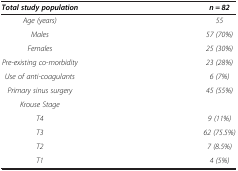
<table><thead><tr><td><b><i>Total study population</i></b></td><td><b><i>n = 82</i></b></td></tr></thead><tbody><tr><td><i>Age (years)</i></td><td><i>55</i></td></tr><tr><td><i>Males</i></td><td><i>57 (70%)</i></td></tr><tr><td><i>Females</i></td><td><i>25 (30%)</i></td></tr><tr><td><i>Pre-existing co-morbidity</i></td><td><i>23 (28%)</i></td></tr><tr><td><i>Use of anti-coagulants</i></td><td><i>6 (7%)</i></td></tr><tr><td><i>Primary sinus surgery</i></td><td><i>45 (55%)</i></td></tr><tr><td><i>Krouse Stage</i></td><td> </td></tr><tr><td><i>T4</i></td><td><i>9 (11%)</i></td></tr><tr><td><i>T3</i></td><td><i>62 (75.5%)</i></td></tr><tr><td><i>T2</i></td><td><i>7 (8.5%)</i></td></tr><tr><td><i>T1</i></td><td><i>4 (5%)</i></td></tr></tbody></table>